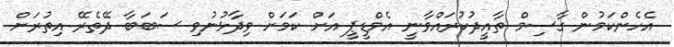
އެހެންކަމުން ގާސިމް ތާއީދުކުރައްވާނީ އެމްޑީޕީ އަށް ކަމަށް ވިދާޅުނުވި ސަބަބާ ދޭތެރޭ އިތުރަށް